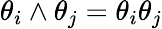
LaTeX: \theta_{i}\wedge\theta_{j}=\theta_{i}\theta_{j}